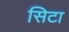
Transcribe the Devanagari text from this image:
सिटा